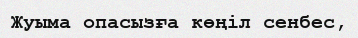
Жуыма опасызға көңіл сенбес,